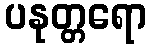
ပနုတ္တရော